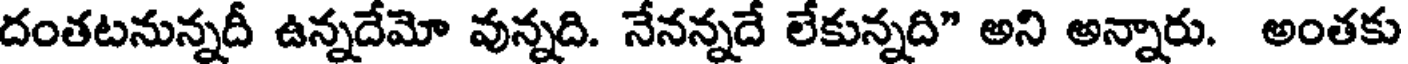
దంతటనున్నదీ ఉన్నదేమో వున్నది. నేనన్నదే లేకున్నది" అని అన్నారు. అంతకు